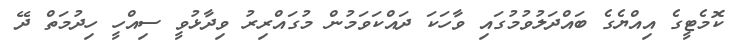
ކޮމެޓީގެ އިއްޔެގެ ބައްދަލުވުމުގައި ވާހަކަ ދައްކަވަމުން މުގައްރިރު ވިދާޅުވީ ސިއްހީ ހިދުމަތް ދޭ